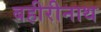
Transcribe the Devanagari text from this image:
बहीरीनाथ